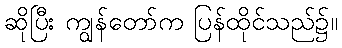
ဆိုပြီး ကျွန်တော်က ပြန်ထိုင်သည်၌။